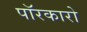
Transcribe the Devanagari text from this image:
पॉरकारो